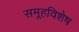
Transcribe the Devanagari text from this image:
समूहविशेष